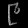
Digit: ၉